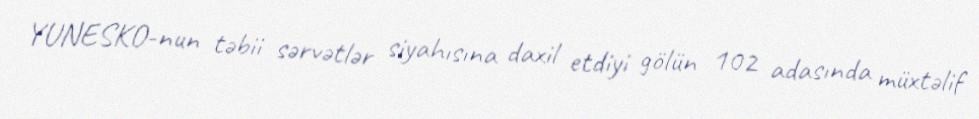
YUNESKO-nun təbii sərvətlər siyahısına daxil etdiyi gölün 102 adasında müxtəlif